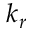
k _ { r }